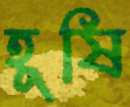
হূষি